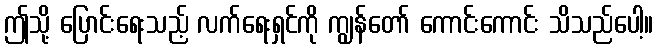
ဤသို့ ပြောင်းရေးသည့် လက်ရေးရှင်ကို ကျွန်တော် ကောင်းကောင်း သိသည်ပေါ့။